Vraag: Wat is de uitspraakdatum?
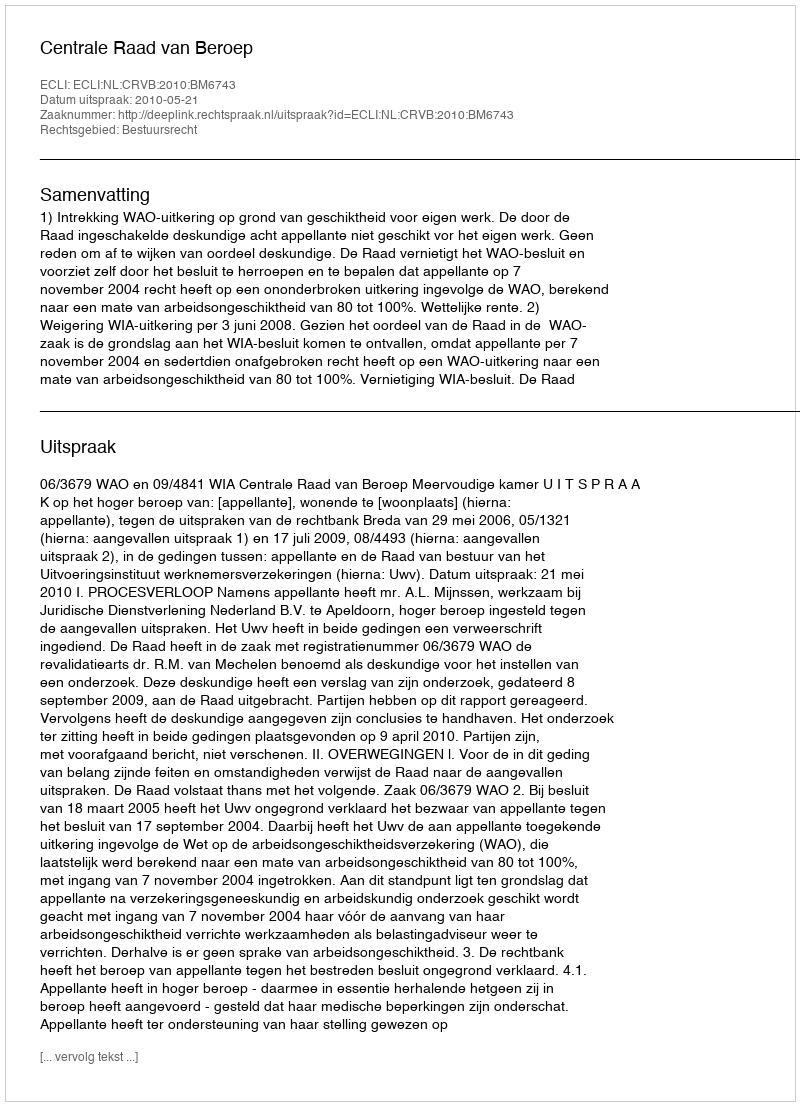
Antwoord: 2010-05-21